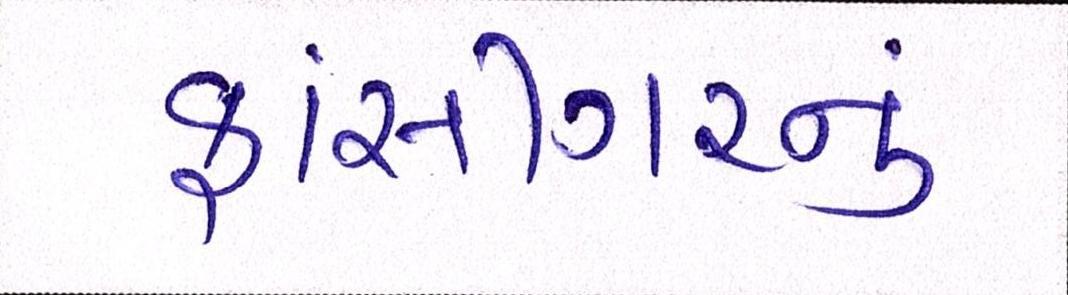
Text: ફાંસીગરનું